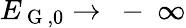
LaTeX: E_{\mathrm{~G~},0}\to\mathrm{~-~}\infty